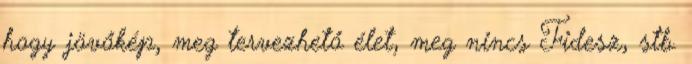
hogy jövőkép, meg tervezhető élet, meg nincs Fidesz, stb.